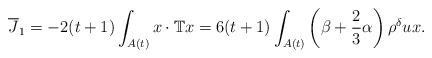
\begin{align*} \overline{J}_1=-2(t+1)\int_{A(t)} x \cdot \mathbb{T}x=6(t+1)\int_{A(t)}\left(\beta+\frac{2}{3}\alpha\right) \rho^\delta ux.\end{align*}